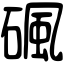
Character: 碸